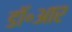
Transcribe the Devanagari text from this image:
डॉ॰आर